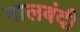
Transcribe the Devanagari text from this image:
नालबंदी